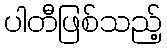
ပါတီဖြစ်သည့်